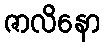
ဇာလိနော